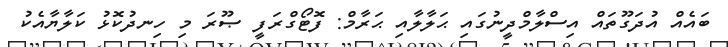
ބައެއް އުދަގޫތައް އިސްލާމްދީނުގައި ޙަލާލާއި ޙަރާމް: ފޮޓޯގްރަފީ ޞޫރަ މި ހިނދުކޮޅު ކަލާޔާއެކު